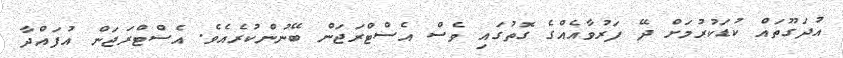
އުދަގޫތައް ކުޑަކުރުމަށް ދޭ ފަރުވާއެއްގެ ގޮތުގައި ވެސް އެސްޓްރަޖަން ބޭނުންކުރެއެވެ. އެސްޓްރަޖަން އުފައްދާ